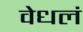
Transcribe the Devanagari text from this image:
वेधलं